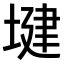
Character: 𫮑